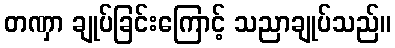
တဏှာ ချုပ်ခြင်းကြောင့် သညာချုပ်သည်။